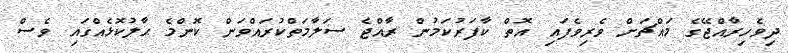
ދިވެހިރާއްޖޭގެ މައްޗަށް ވެރިވެފައި އޮތް ކާފަރުކަމުން ރާއްޖެ ސަލާމަތްކުރައްވަން ކޮންމެ ޙާލުކޮޅެއްގައި ވެސް